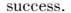
success.